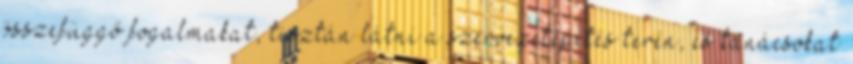
összefüggő fogalmakat, tisztán látni a szervezetépítés terén, és tanácsokat